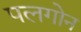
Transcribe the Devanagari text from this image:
पलगोन